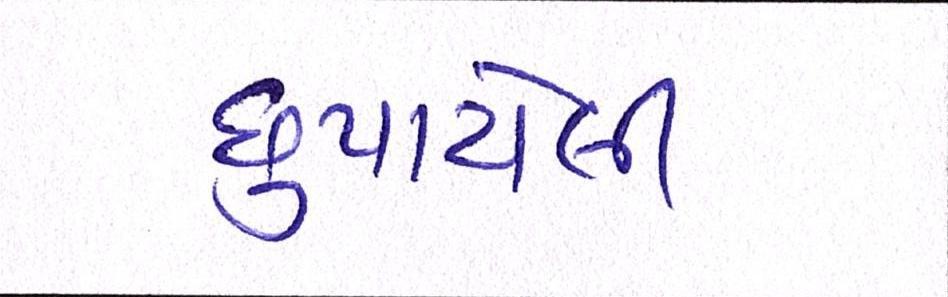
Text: છુપાયેલી